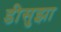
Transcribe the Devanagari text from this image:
डीसुझा